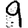
Digit: 9